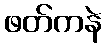
ဖတ်ကနဲ